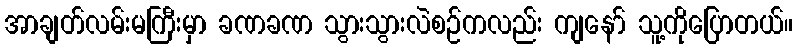
အာချတ်လမ်းမကြီးမှာ ခဏခဏ သွားသွားလဲစဉ်ကလည်း ကျနော် သူ့ကိုပြောတယ်။